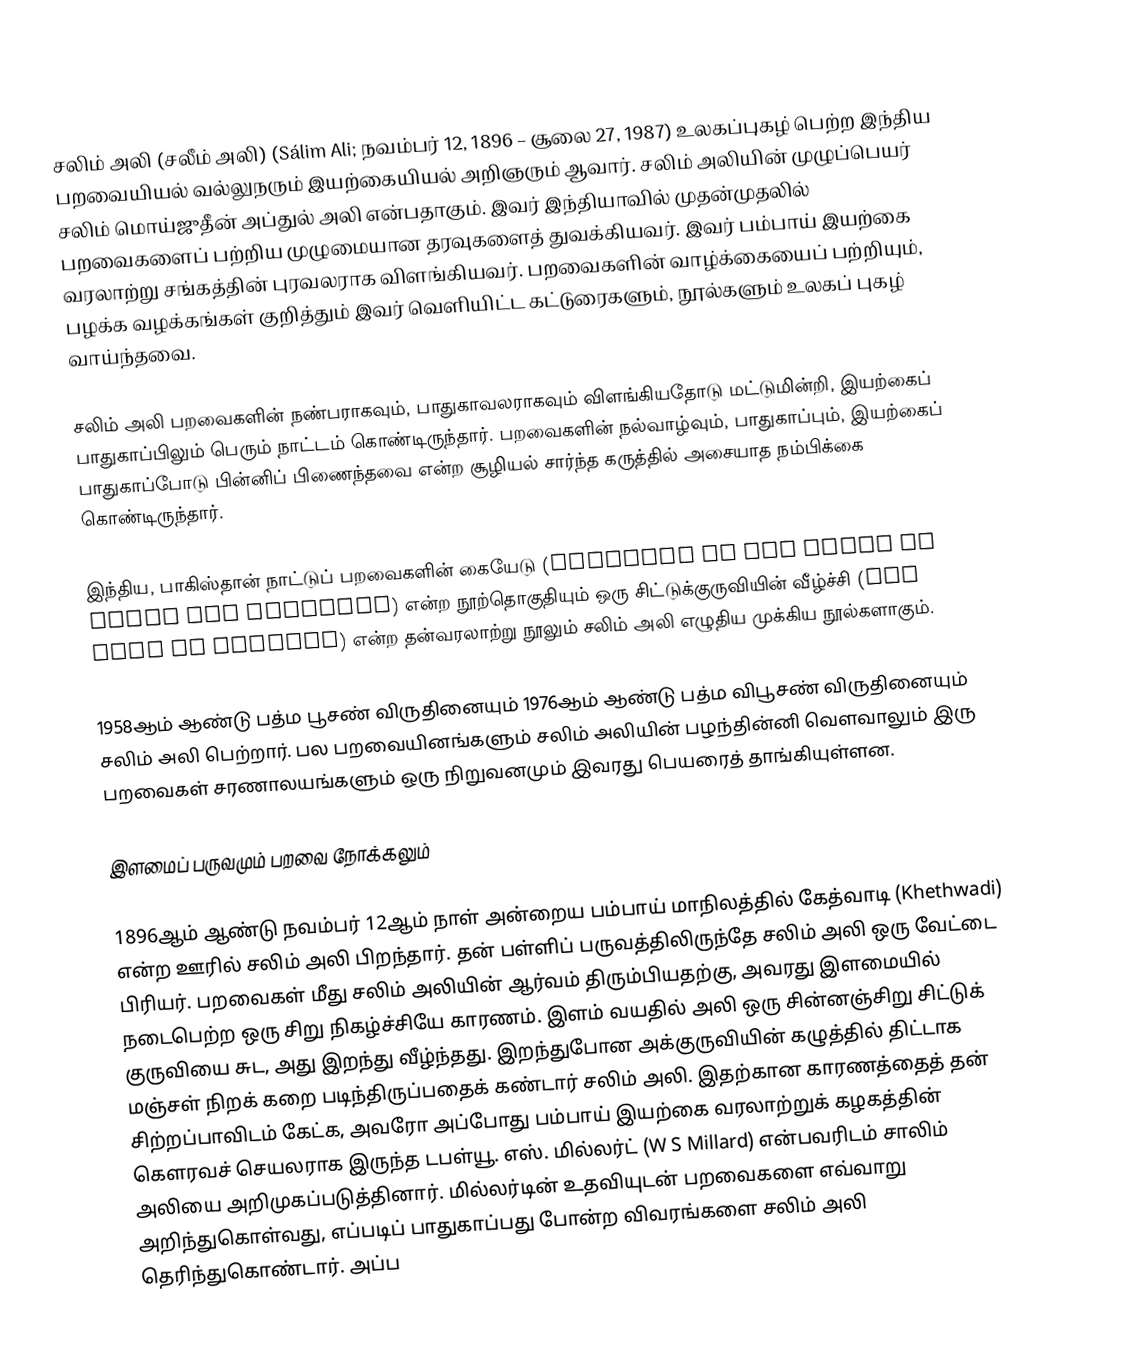
சலிம் அலி (சலீம் அலி) (Sálim Ali; நவம்பர் 12, 1896 – சூலை 27, 1987) உலகப்புகழ் பெற்ற இந்திய பறவையியல் வல்லுநரும் இயற்கையியல் அறிஞரும் ஆவார்.  சலிம் அலியின் முழுப்பெயர் சலிம் மொய்ஜுதீன் அப்துல் அலி என்பதாகும். இவர் இந்தியாவில் முதன்முதலில் பறவைகளைப் பற்றிய முழுமையான தரவுகளைத் துவக்கியவர். இவர் பம்பாய் இயற்கை வரலாற்று சங்கத்தின் புரவலராக விளங்கியவர். பறவைகளின் வாழ்க்கையைப் பற்றியும், பழக்க வழக்கங்கள் குறித்தும் இவர் வெளியிட்ட கட்டுரைகளும், நூல்களும் உலகப் புகழ் வாய்ந்தவை.

சலிம் அலி பறவைகளின் நண்பராகவும், பாதுகாவலராகவும் விளங்கியதோடு மட்டுமின்றி, இயற்கைப் பாதுகாப்பிலும் பெரும் நாட்டம் கொண்டிருந்தார். பறவைகளின் நல்வாழ்வும், பாதுகாப்பும், இயற்கைப் பாதுகாப்போடு பின்னிப் பிணைந்தவை என்ற சூழியல் சார்ந்த கருத்தில் அசையாத நம்பிக்கை கொண்டிருந்தார்.

இந்திய, பாகிஸ்தான் நாட்டுப் பறவைகளின் கையேடு (Handbook of the Birds of India and Pakistan) என்ற நூற்தொகுதியும் ஒரு சிட்டுக்குருவியின் வீழ்ச்சி (The Fall of Sparrow) என்ற தன்வரலாற்று நூலும் சலிம் அலி எழுதிய முக்கிய நூல்களாகும்.

1958ஆம் ஆண்டு பத்ம பூசண் விருதினையும் 1976ஆம் ஆண்டு பத்ம விபூசண் விருதினையும் சலிம் அலி பெற்றார். பல பறவையினங்களும் சலிம் அலியின் பழந்தின்னி வெளவாலும் இரு பறவைகள் சரணாலயங்களும் ஒரு நிறுவனமும் இவரது பெயரைத் தாங்கியுள்ளன.

இளமைப் பருவமும் பறவை நோக்கலும்

1896ஆம் ஆண்டு நவம்பர் 12ஆம் நாள் அன்றைய பம்பாய் மாநிலத்தில் கேத்வாடி (Khethwadi) என்ற ஊரில் சலிம் அலி பிறந்தார். தன் பள்ளிப் பருவத்திலிருந்தே சலிம் அலி ஒரு வேட்டை பிரியர்.  பறவைகள் மீது சலிம் அலியின் ஆர்வம் திரும்பியதற்கு, அவரது இளமையில் நடைபெற்ற ஒரு சிறு நிகழ்ச்சியே காரணம். இளம் வயதில் அலி ஒரு சின்னஞ்சிறு சிட்டுக் குருவியை சுட, அது இறந்து வீழ்ந்தது. இறந்துபோன அக்குருவியின் கழுத்தில் திட்டாக மஞ்சள் நிறக் கறை படிந்திருப்பதைக் கண்டார் சலிம் அலி. இதற்கான காரணத்தைத் தன் சிற்றப்பாவிடம் கேட்க, அவரோ அப்போது பம்பாய் இயற்கை வரலாற்றுக் கழகத்தின் கெளரவச் செயலராக இருந்த டபள்யூ. எஸ். மில்லர்ட் (W S Millard) என்பவரிடம் சாலிம் அலியை அறிமுகப்படுத்தினார். மில்லர்டின் உதவியுடன் பறவைகளை எவ்வாறு அறிந்துகொள்வது, எப்படிப் பாதுகாப்பது போன்ற விவரங்களை சலிம் அலி தெரிந்துகொண்டார். அப்ப